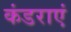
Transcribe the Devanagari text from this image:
कंडराएं